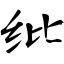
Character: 纰